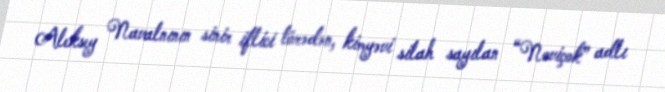
Aleksey Navalnının sinir iflici törədən, kimyəvi silah sayılan “Noviçok” adlı